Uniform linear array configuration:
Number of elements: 8
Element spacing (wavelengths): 1
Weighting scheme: uniform
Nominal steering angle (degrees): -15
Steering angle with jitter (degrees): -13.652
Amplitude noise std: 0.05
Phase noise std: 0.05

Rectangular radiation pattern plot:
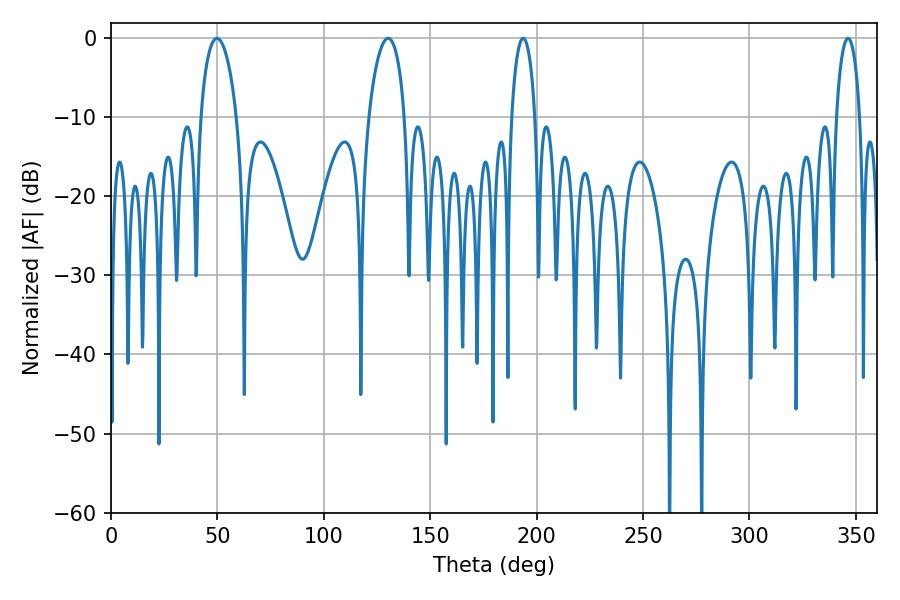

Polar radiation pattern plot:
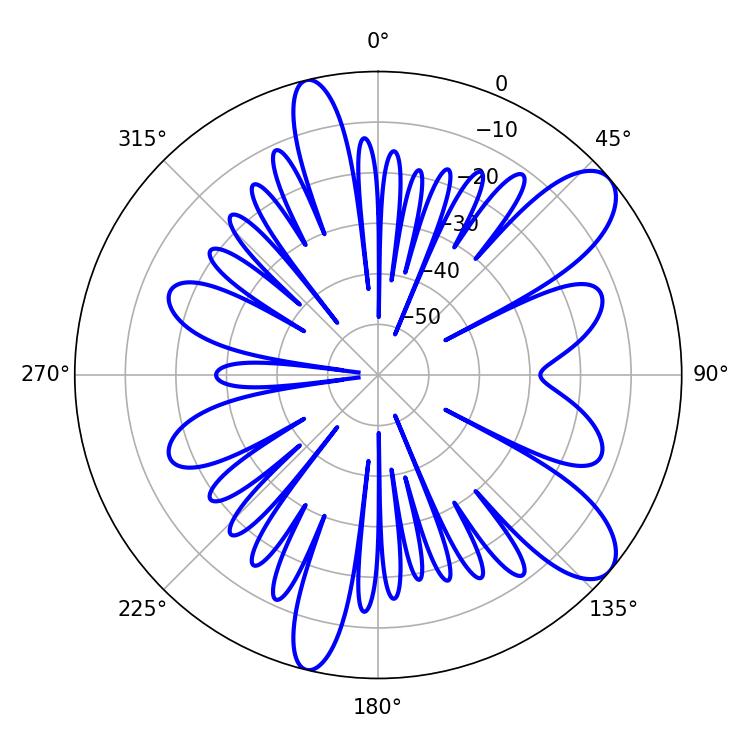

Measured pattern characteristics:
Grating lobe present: TRUE
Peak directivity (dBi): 9.544
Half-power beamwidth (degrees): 6.3
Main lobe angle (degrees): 346.32